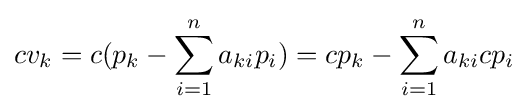
cv_{k}=c(p_{k}-\sum _{i=1}^{n}a_{ki}p_{i})=cp_{k}-\sum _{i=1}^{n}a_{ki}cp_{i}